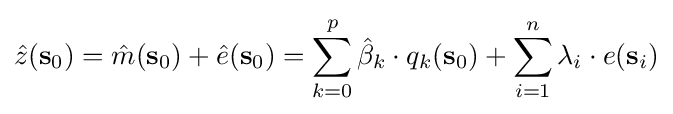
{\hat {z}}(\mathbf {s} _{0})={\hat {m}}(\mathbf {s} _{0})+{\hat {e}}(\mathbf {s} _{0})=\sum \limits _{k=0}^{p}{{\hat {\beta }}_{k}\cdot q_{k}(\mathbf {s} _{0})}+\sum \limits _{i=1}^{n}\lambda _{i}\cdot e(\mathbf {s} _{i})